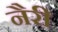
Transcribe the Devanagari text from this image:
नैरी